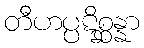
တီဟပ္ပဋိစ္ဆန္နာ